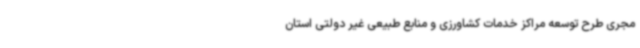
مجری طرح توسعه مراکز خدمات کشاورزی و منابع طبیعی غیر دولتی استان